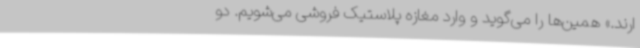
ارند.» همین‌ها را می‌گوید و وارد مغازه پلاستیک فروشی می‌شویم. دو